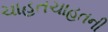
ચાહતચાહતની